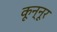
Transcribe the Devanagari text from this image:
कून्‍नूर